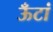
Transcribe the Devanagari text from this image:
ऊँटां